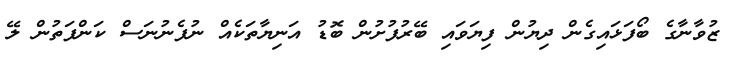
ޒުވާނާގެ ބޯފަޅައިގެން ދިޔުން ފިޔަވައި ބޭރުފުށުން ބޮޑު އަނިޔާތަކެއް ނުފެނުނަސް ކަންފަތުން ލޭ